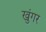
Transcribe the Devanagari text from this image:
खुंगर